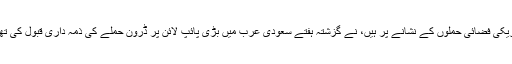
یمن کے حوثی باغیوں، جو ایران کے اتحادی ہیں اور امریکی فضائی حملوں کے نشانے پر ہیں، نے گزشتہ ہفتے سعودی عرب میں بڑی پائپ لائن پر ڈرون حملے کی ذمہ داری قبول کی تھی جس کے بعد اسے عارضی طور پر بند کردیا گیا تھا۔